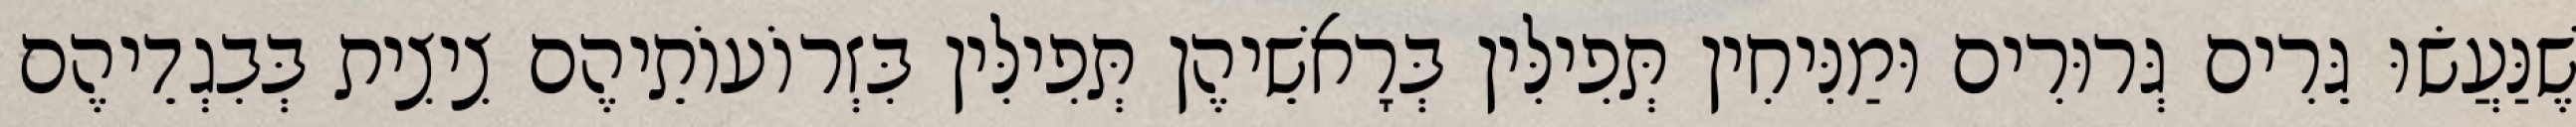
שֶׁנַּעֲשׂוּ גֵּרִים גְּרוּרִים וּמַנִּיחִין תְּפִילִּין בְּרָאשֵׁיהֶן תְּפִילִּין בִּזְרוֹעוֹתֵיהֶם צִיצִית בְּבִגְדֵיהֶם